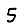
Digit: 5